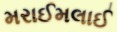
મરાઈમલાઈ